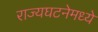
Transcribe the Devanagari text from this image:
राज्यघटनेमध्ये